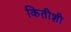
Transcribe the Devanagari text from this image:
कितीशी